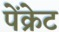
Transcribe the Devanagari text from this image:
पेंक्रेट